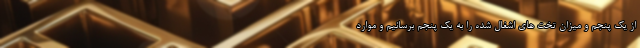
از یک پنجم و میزان تخت های اشغال شده را به یک پنجم برسانیم و موارد